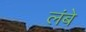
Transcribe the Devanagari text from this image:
लंबे